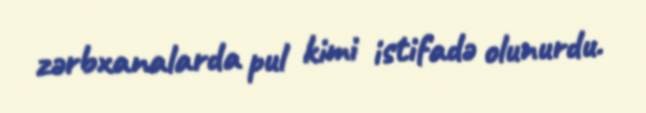
zərbxanalarda pul kimi istifadə olunurdu.